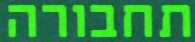
תחבורה